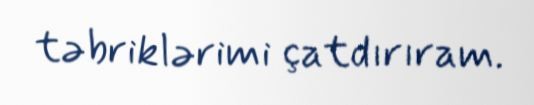
təbriklərimi çatdırıram.